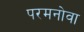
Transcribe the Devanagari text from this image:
परमनोवा